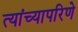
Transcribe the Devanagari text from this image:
त्यांच्यापरिणे